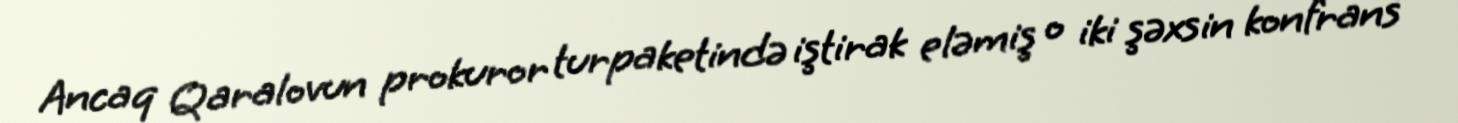
Ancaq Qaralovun prokuror turpaketində iştirak eləmiş o iki şəxsin konfrans